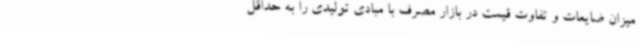
میزان ضایعات و تفاوت قیمت در بازار مصرف با مبادی تولیدی را به حداقل